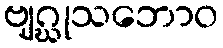
ဗျဂ္ဃုသဘောဝ